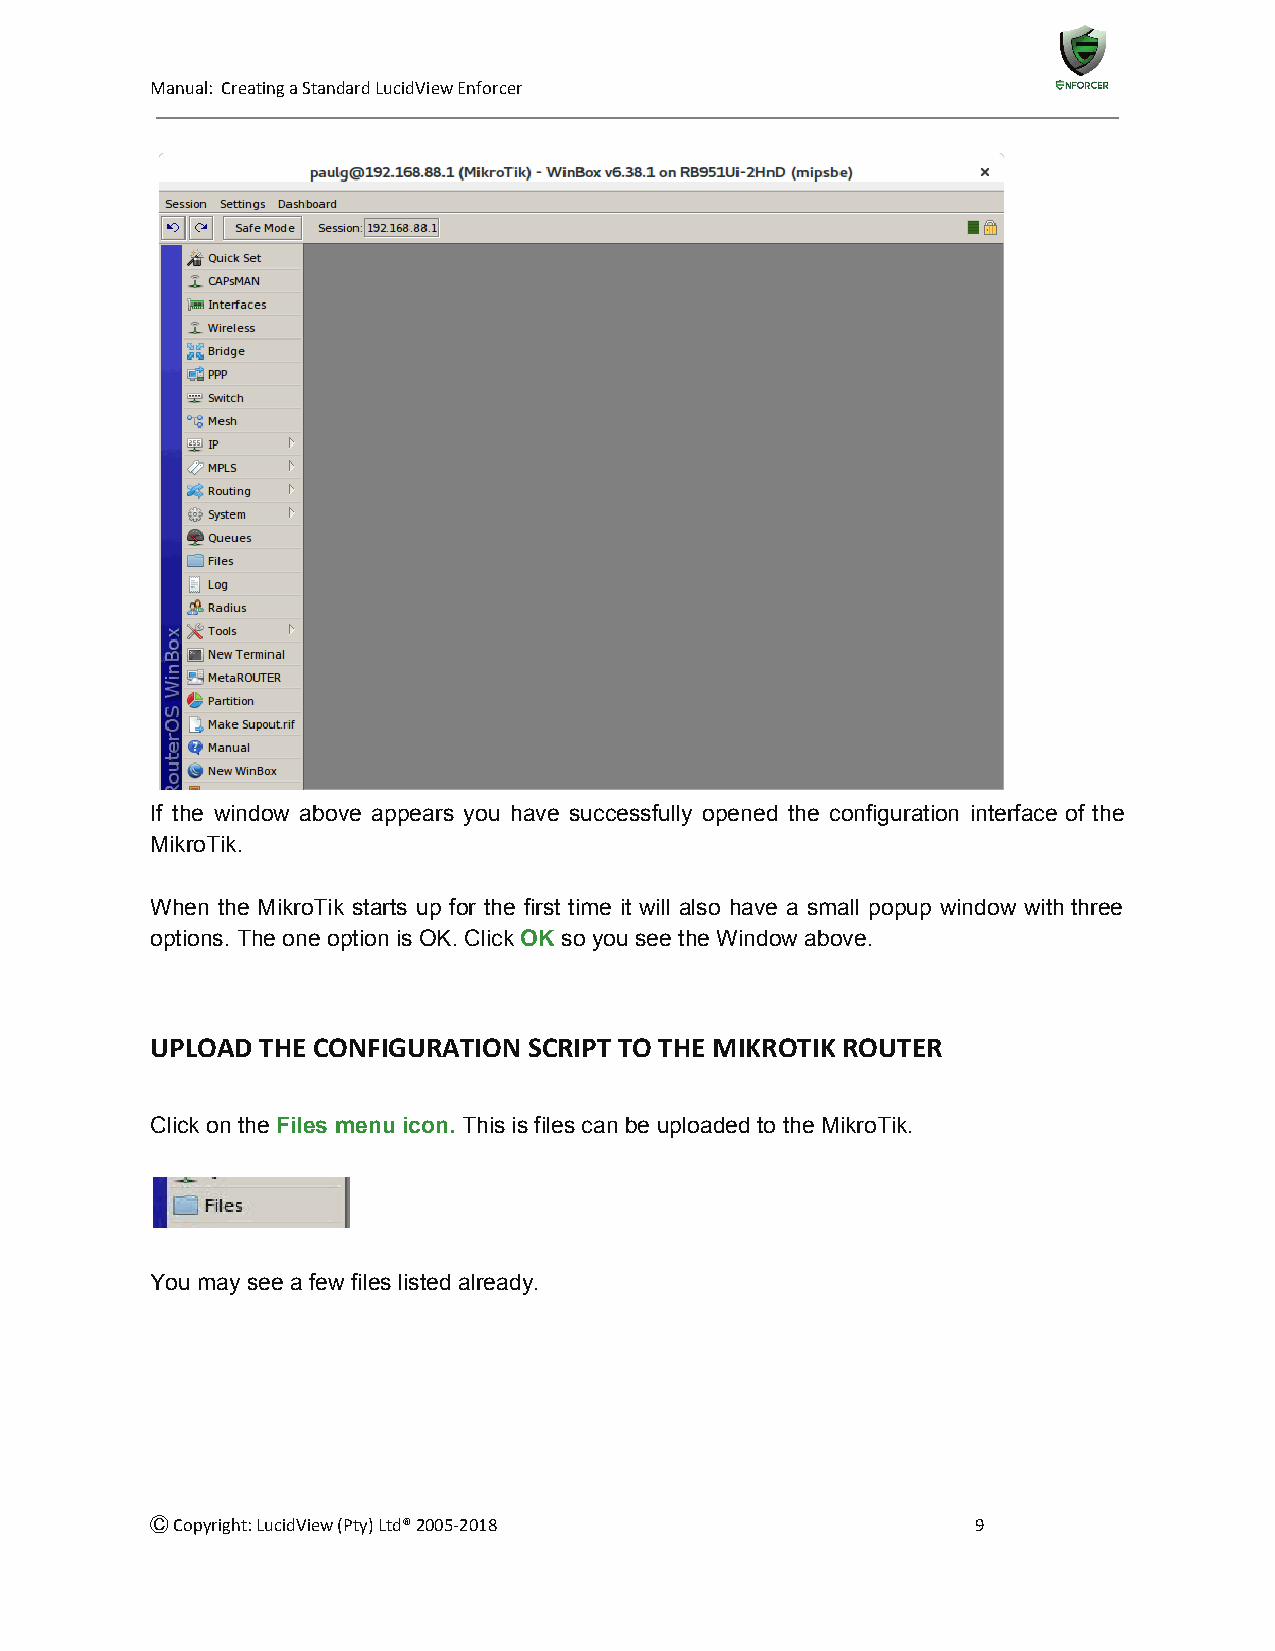
Manual: Creating a Standard LucidView Enforcer
 If the window above appears you have successfully opened the configuration interface of the
 MikroTik.
 When the MikroTik starts up for the first time it will also have a small popup window with three
 options. The one option is OK. Click OK so you see the Window above.
 ​  ​​
 UPLOAD THE CONFIGURATION SCRIPT TO THE MIKROTIK ROUTER
 Click on the Files menu icon. This is files can be uploaded to the MikroTik.
 ​           ​​
 You may see a few files listed already.
 Ⓒ Copyright: LucidView (Pty) Ltd® 2005-2018            9